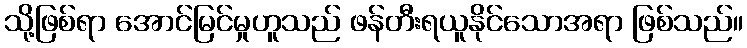
သို့ဖြစ်ရာ အောင်မြင်မှုဟူသည် ဖန်တီးရယူနိုင်သောအရာ ဖြစ်သည်။